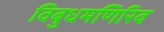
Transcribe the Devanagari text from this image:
विबुधमणिरिव